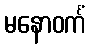
မနောဝင်္ကံ